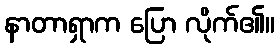
နာတာရှာက ပြော လိုက်၏။